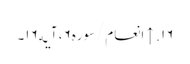
۱۶. ↑ انعام/سوره۶، آیه۱۶۔